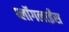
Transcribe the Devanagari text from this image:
ब्लॉगलाईंस